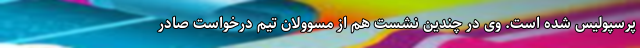
پرسپولیس شده است. وی در چندین نشست هم از مسوولان تیم درخواست صادر